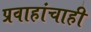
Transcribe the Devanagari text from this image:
प्रवाहांचाही